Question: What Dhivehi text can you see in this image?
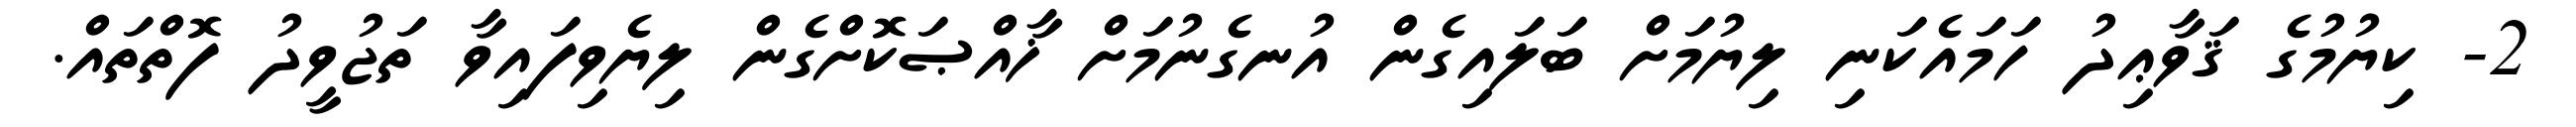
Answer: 2- ކިޔުމުގެ ޤަވާޢިދު ހަމައެކަނި ލިޔުމަށް ބަލައިގެން އުނގެނުމަށް ޚާއްޞަކޮށްގެން ލިޔެވިފައިވާ ތަޖުވީދު ފޮތްތައް.